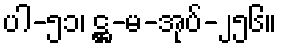
ပါ-၅၁၊ ဋ္ဌ-မ-အုပ်-၂၅၆။